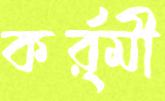
কর্র্মী